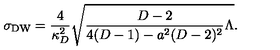
\sigma _ { \mathrm { D W } } = { \frac { 4 } { \kappa _ { D } ^ { 2 } } } \sqrt { { \frac { D - 2 } { 4 ( D - 1 ) - a ^ { 2 } ( D - 2 ) ^ { 2 } } } \Lambda } .